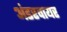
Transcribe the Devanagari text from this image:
अंडरवायर